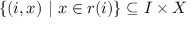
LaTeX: \{ ( i , x ) ~ | ~ x \in r ( i ) \} \subseteq I \times X